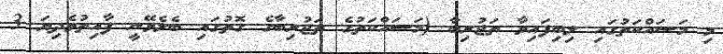
މި މަސައްކަތުގައި ލިބިފައިވާ ތަޖުރިބާ (މަސައްކަތުގެ ތަޖުރިބާގެ ގޮތުގައި ބެލެވޭނީ ފާއިތުވެދިޔަ 3